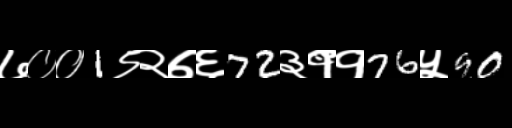
Text: ७००1९२७६72३११76५90